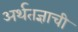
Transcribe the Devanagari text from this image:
अर्थतज्ञाची